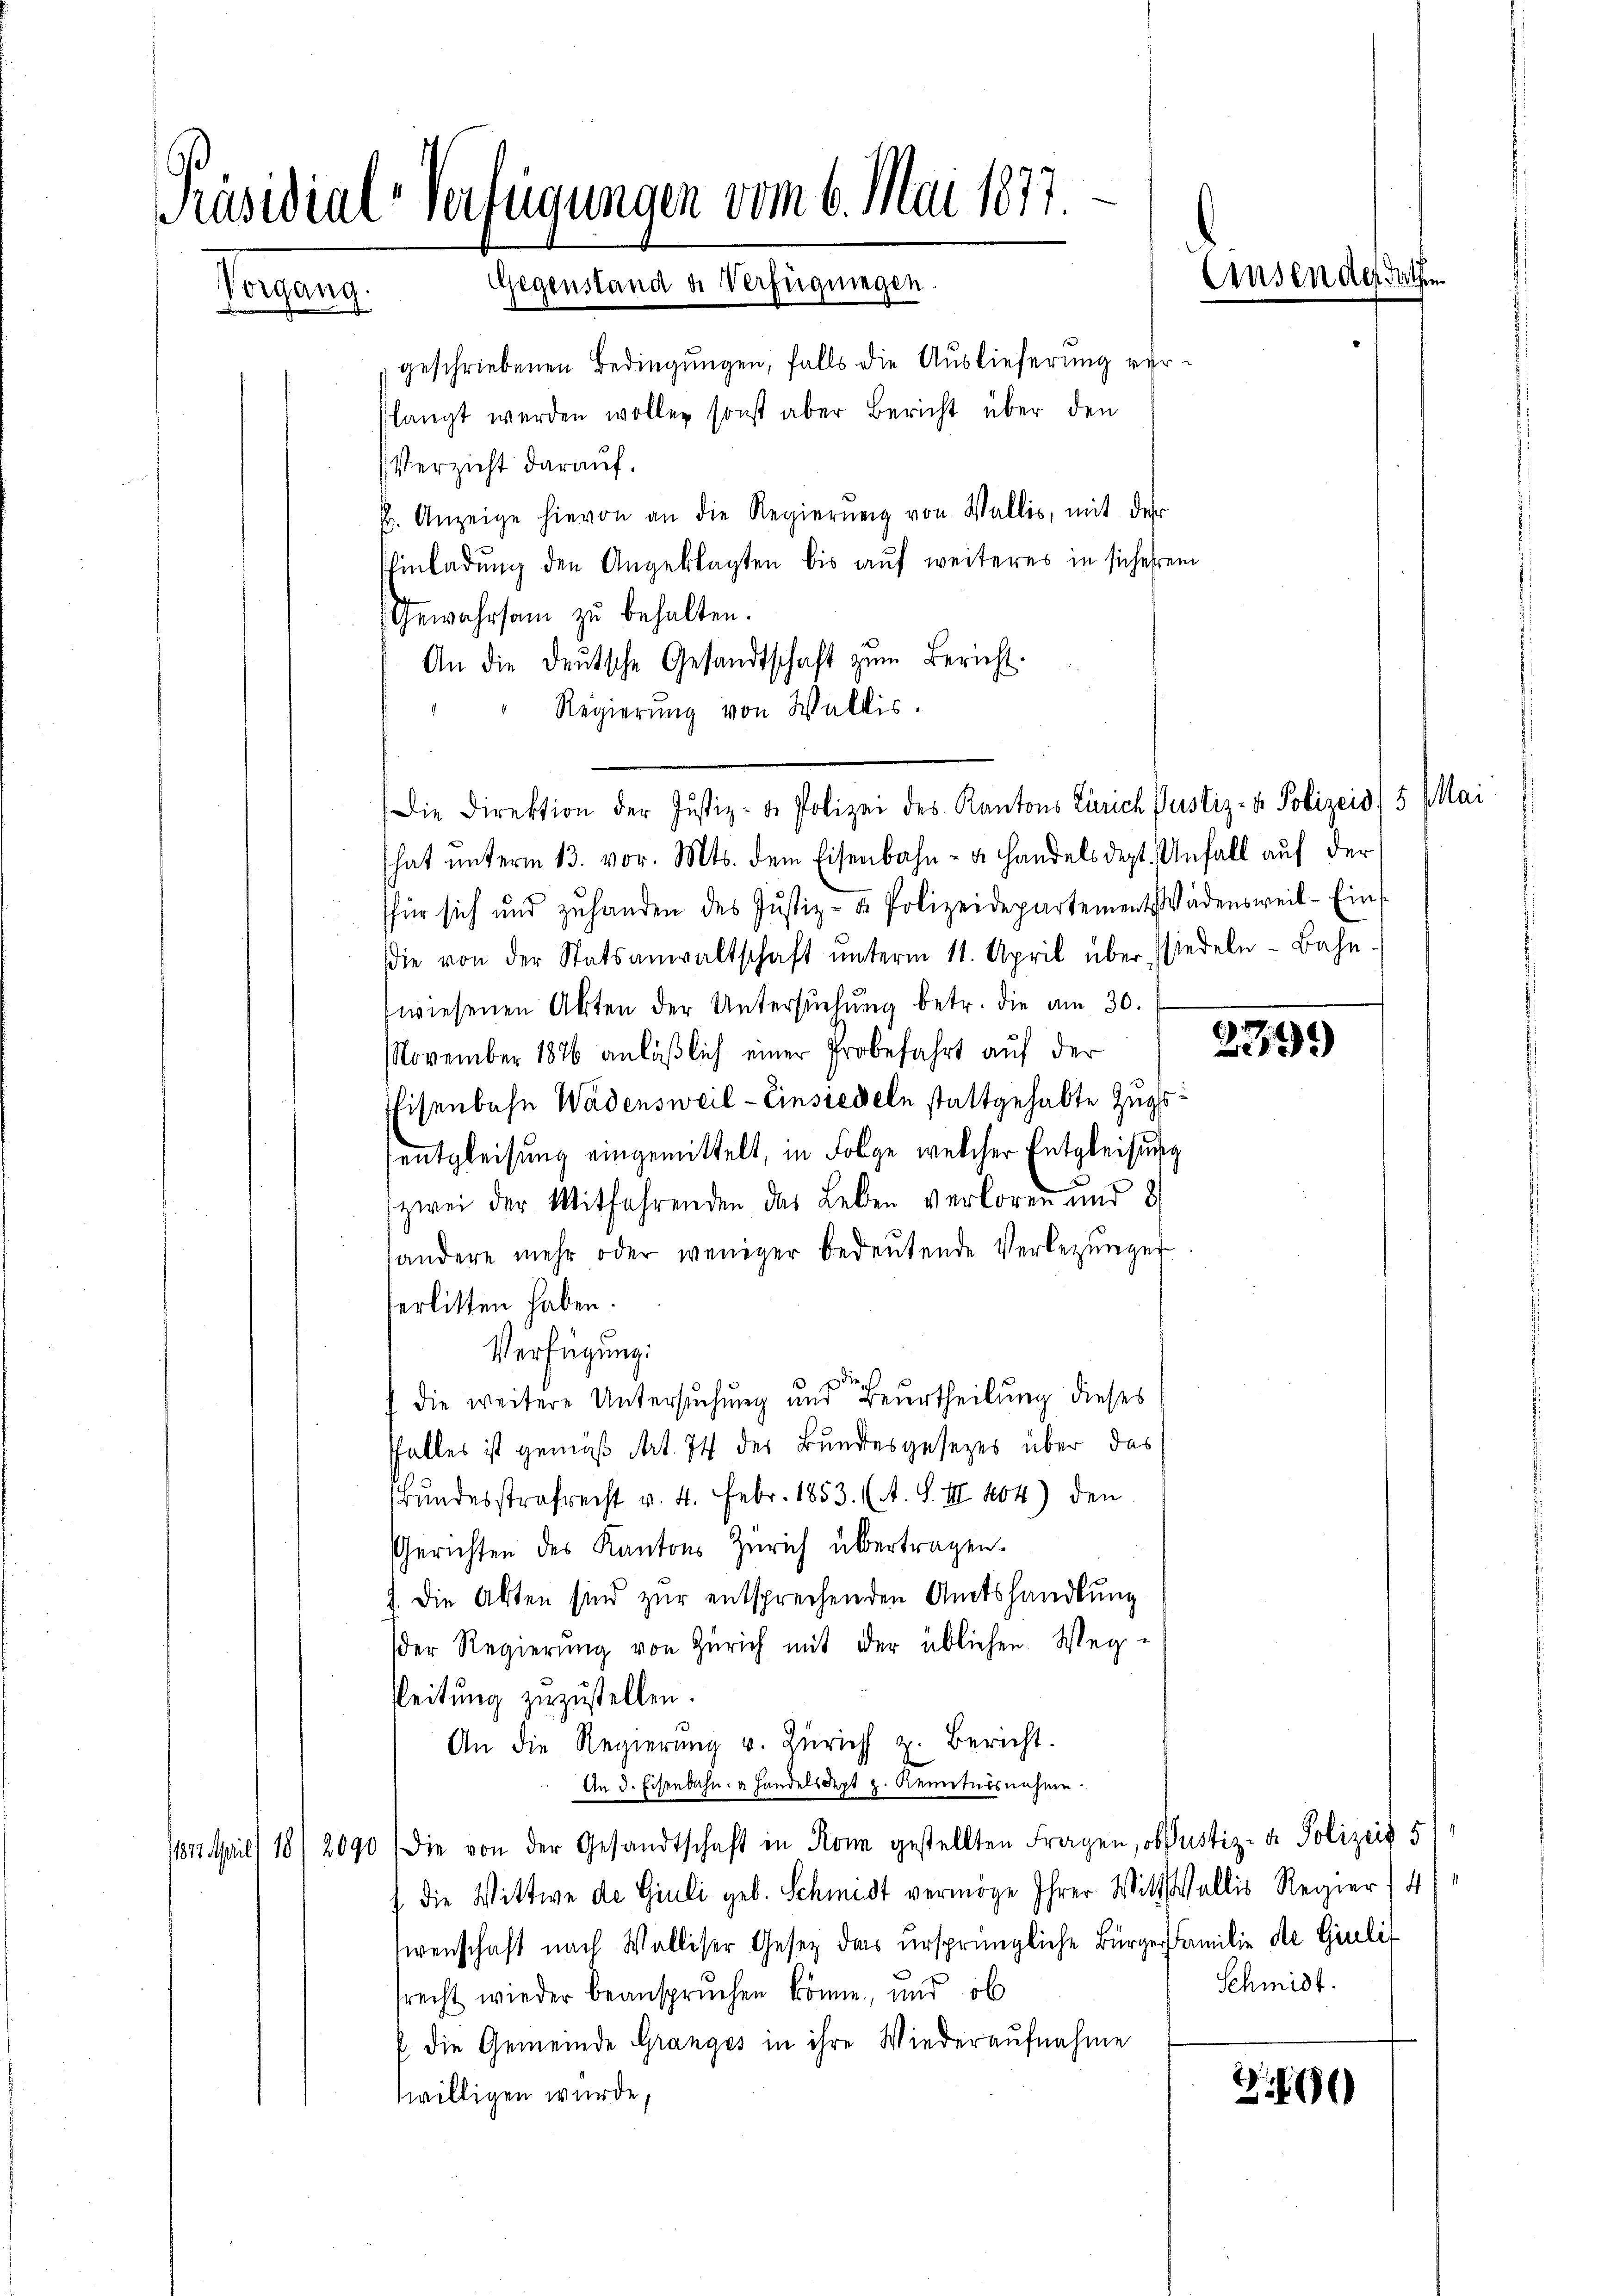
Präsidial-Verfügungen vom 6. Mai 1877.
Vorgang. Gegenstand u. Verfügungen.

geschriebenen Bedingungen, falls die Auslieferung verslangt werden wollen sonst aber Bericht über den
Verzicht darauf.
p. Anzeige hievon an die Regierŭng von Wallis, mit der
Einladŭng den Angeklagten bis auf weiteres in sich ehren
Gewahrsam zu behalten.
An die deŭtsche Gesandtschaft zŭm Bericht.
Regierung von Wallis.
hat unterm 13. vor. Mts. dem Eisenbahn- u. handels dest. Unfall auf der
für sich und zŭ handen des Jŭstiz- u. Polizeidepartement Wädensweil - Ein-
die von der Statsanwaltschaft unterm 11. April über (siedeln - Bahn.
wiesenen Akten der Untersŭchŭng betr. die am 30.
November 1876 anläßlich einer Probefahrt auf der
Eisenbahn Wadensweil - Einsiedeln stattgehabte Zugs
entgleisung eingemittelt, in Folge welcher Entgleisung
zwei der Mitfahrenden das Leben verloren und 2
andere mehr oder weniger bedeutende Verbezunger
serlitten haben.
Verfügung:
die weitere Untersuchung und Beurtheilung dieses
Falles ist gemäß Art. 74 des Bundesgesezes über das
Bundesstrafrecht v. 4. Febr. 1853. (A. S. II 204) den
Gerichten des Kantons Zürich übertragen.
J. Die Akten sind zur entsprechenden Amtshandlung
der Regierung von Zürich mit der üblichen Weg-
Leitung zuzustellen.
An die Regierŭng u. Zürich z. Bericht.
An d. Eisenbahn u Handelsdept z. Kenntnisnahme.
1812. April 18/2090 die von der Gesandtschaft in Rom gestellten Fragen, ob Justiz- & Polizeit 5
die Wittwe de Giuli geb. Schmidt vermöge Ihrer Wittwallis Regier, 4
sirenschaft nach Walliser Gesetz das ursprüngliche Bürger Familie de Giulif
srecht wieder beanspruchen könne, und ob
f die Gemeinde Granges in ihre Wiederaufnahme
willigen wurde,

Die Direktion der Justiz- u. Polizei des Kantons Zürich Justiz- & Polizeid) 5 Mai

Einsen des Jah

279)

1
Schmidt.

2.890